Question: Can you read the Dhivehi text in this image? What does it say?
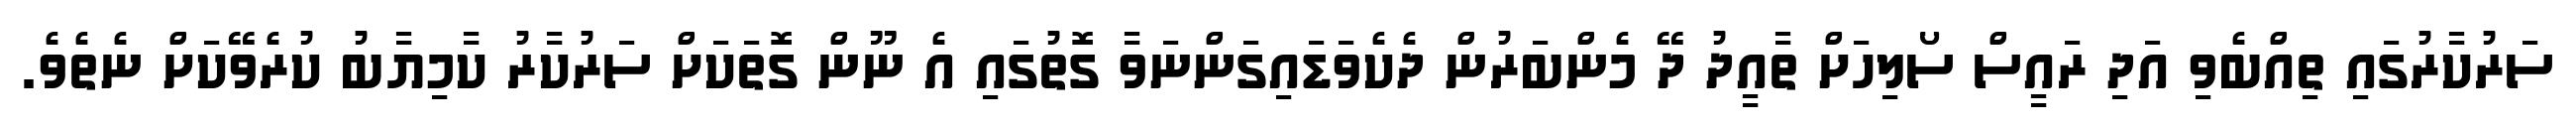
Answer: ސަރުކާރުގައި ތިއްބެވި އަދި ރައީސް ސޯލިހަށް ތާއީދު ދޭ މެންބަރުން ދެކެވަޑައިގަންނަވާ ގޮތުގައި އެ ނޫން ގޮތަކަށް ސަރުކާރު ކާމިޔާބު ކުރެވޭކަށް ނެތެވެ.